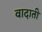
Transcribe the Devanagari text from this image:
वादाती